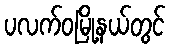
ပလက်ဝမြို့နယ်တွင်